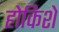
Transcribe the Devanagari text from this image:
होकिशे